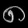
Digit: ၈